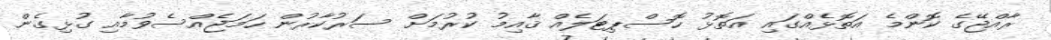
ރާއްޖޭގެ ކޮންމެ އަތޮޅެއްގައި އަތޮޅު ހޮސްޕިޓަލެއް ޤާއިމު ކުރުމަށް ސަރުކާރުން ހަމަޖެއްސެވުމާއި ގުޅިގެން